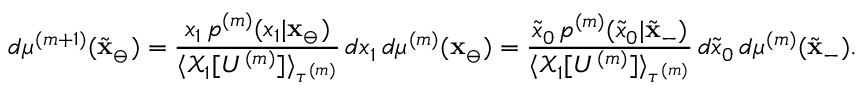
d \mu ^ { ( m + 1 ) } ( \tilde { \mathbf { x } } _ { \ominus } ) = \frac { x _ { 1 } \, p ^ { ( m ) } ( x _ { 1 } | \mathbf { x } _ { \ominus } ) } { \langle \mathcal { X } _ { 1 } [ U ^ { ( m ) } ] \rangle _ { \tau ^ { ( m ) } } } \, d x _ { 1 } \, d \mu ^ { ( m ) } ( \mathbf { x } _ { \ominus } ) = \frac { \tilde { x } _ { 0 } \, p ^ { ( m ) } ( \tilde { x } _ { 0 } | \tilde { \mathbf { x } } _ { - } ) } { \langle \mathcal { X } _ { 1 } [ U ^ { ( m ) } ] \rangle _ { \tau ^ { ( m ) } } } \, d \tilde { x } _ { 0 } \, d \mu ^ { ( m ) } ( \tilde { \mathbf { x } } _ { - } ) .